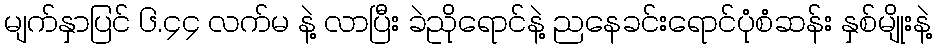
မျက်နှာပြင် ၆.၄၄ လက်မ နဲ့ လာပြီး ခဲညိုရောင်နဲ့ ညနေခင်းရောင်ပုံစံဆန်း နှစ်မျိုးနဲ့